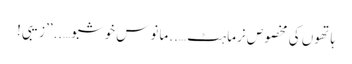
ہاتھوں کی مخصوص نرماہٹ …..مانوس خوشبو…..’’زیبی!